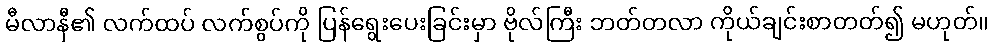
မီလာနီ၏ လက်ထပ် လက်စွပ်ကို ပြန်ရွေးပေးခြင်းမှာ ဗိုလ်ကြီး ဘတ်တလာ ကိုယ်ချင်းစာတတ်၍ မဟုတ်။